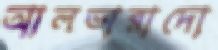
আলভারাদো